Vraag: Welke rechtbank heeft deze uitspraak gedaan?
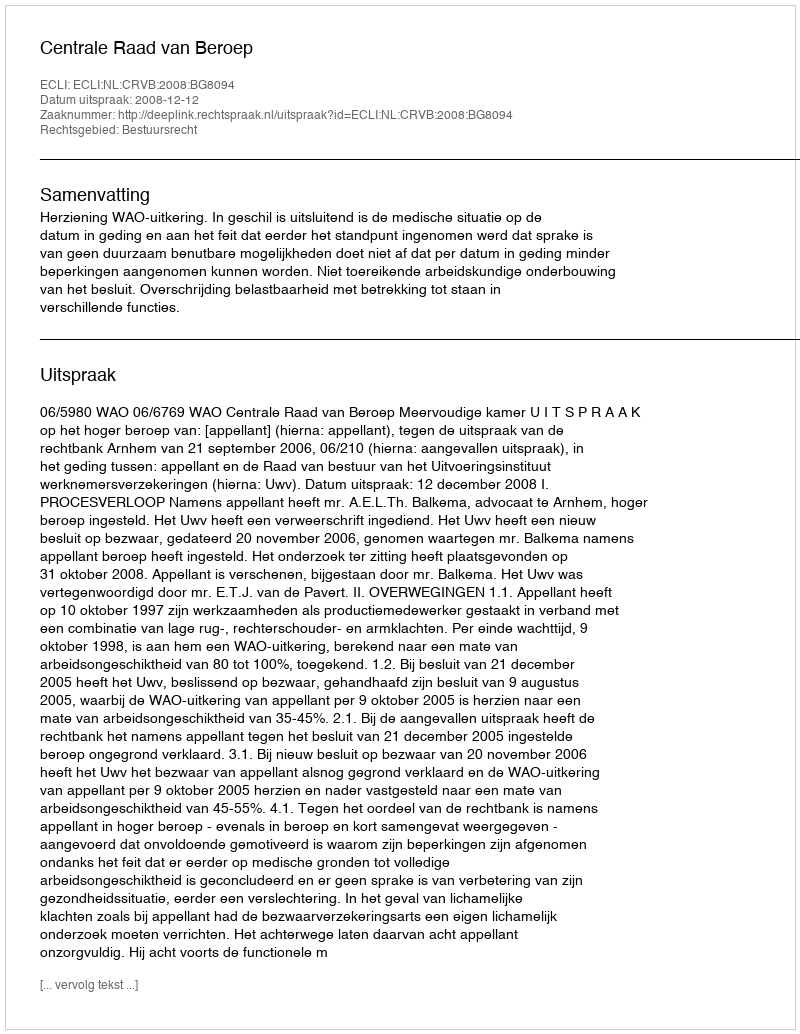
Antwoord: Centrale Raad van Beroep